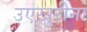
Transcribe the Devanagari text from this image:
उएख़ुरीना